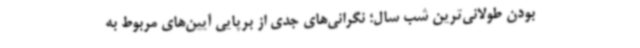
بودن طولانی‌ترین شب سال؛ نگرانی‌های جدی از برپایی آیین‌های مربوط به